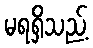
မရရှိသည့်